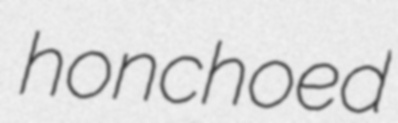
honchoed